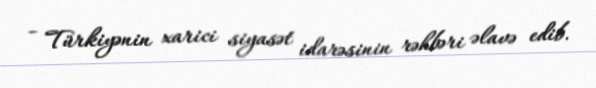
- Türkiyənin xarici siyasət idarəsinin rəhbəri əlavə edib.